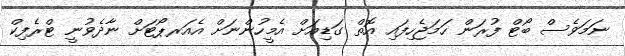
ނަމަވެސް ބޯޓް ފުރަން ހަމަޖެހިފައި އޮތް ގަޑިއަށް އެމީހުންނަށް އެއަރޕޯޓަށް ނާދެވުނީ ޓްރެފިކް